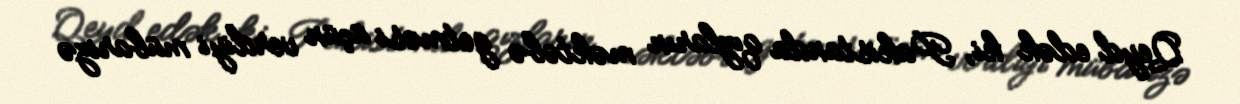
Qeyd edək ki, Pakistanda qızların məktəbə getməsi üçün verdiyi mübarizə